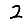
Digit: 2